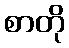
စာတို